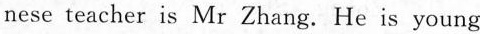
nese teacher is Mr Zhang. He is young